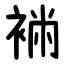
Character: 䘷